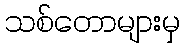
သစ်တောများမှ